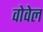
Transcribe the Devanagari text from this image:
वोवेल